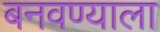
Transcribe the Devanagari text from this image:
बनवण्याला